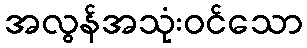
အလွန်အသုံးဝင်သော